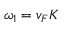
\omega _ { 1 } = v _ { F } K